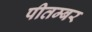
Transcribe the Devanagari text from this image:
पीतम्बर